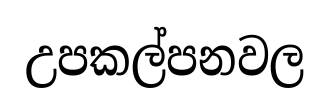
උපකල්පනවල